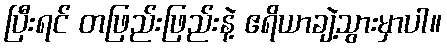
ပြီးရင် တဖြည်းဖြည်းနဲ့ ဧရိယာချဲ့သွားမှာပါ။